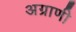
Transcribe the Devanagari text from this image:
अग्राणी